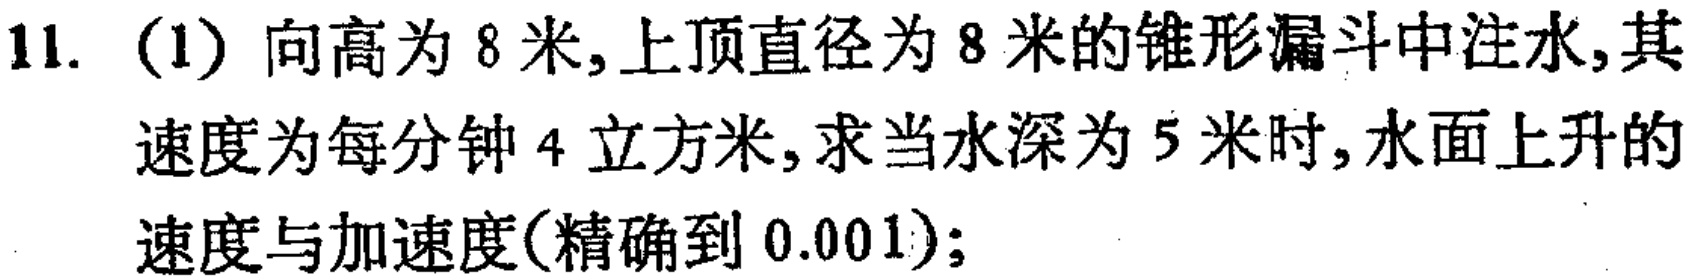
11. (1) 向高为 8 米, 上顶直径为 8 米的锥形漏斗中注水, 其速度为每分钟 4 立方米, 求当水深为 5 米时, 水面上升的速度与加速度(精确到 0.001);